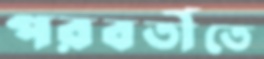
পরবর্তীতে